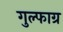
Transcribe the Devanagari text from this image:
गुल्फाग्र